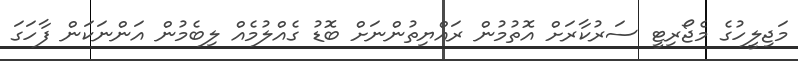
މަޖިލީހުގެ މެޖޯރިޓީ ސަރުކާރަށް އޮތުމުން ރައްޔިތުންނަށް ބޮޑު ގެއްލުމެއް ލިބެމުން އަންނަކަން ފާހަގަ